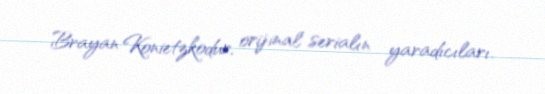
Brayan Konietzkodur, orijinal serialın yaradıcıları.